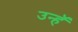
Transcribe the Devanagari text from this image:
उन्हॅ